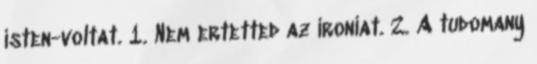
isten-voltat. 1. Nem ertetted az ironiat. 2. A tudomany